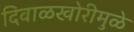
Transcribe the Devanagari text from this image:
दिवाळखोरीमुळे